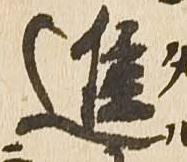
進